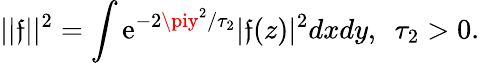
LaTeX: ||\mathfrak{f}||^{2}=\int{\mathrm{e}}^{-2\piy^{2}/\tau_{2}}|\mathfrak{f}(z)|^{2}dxdy,\, \, \, \tau_{2}>0.